Vaccination in the Punjab 1897-1904 - 1897-1904
Year: 1897
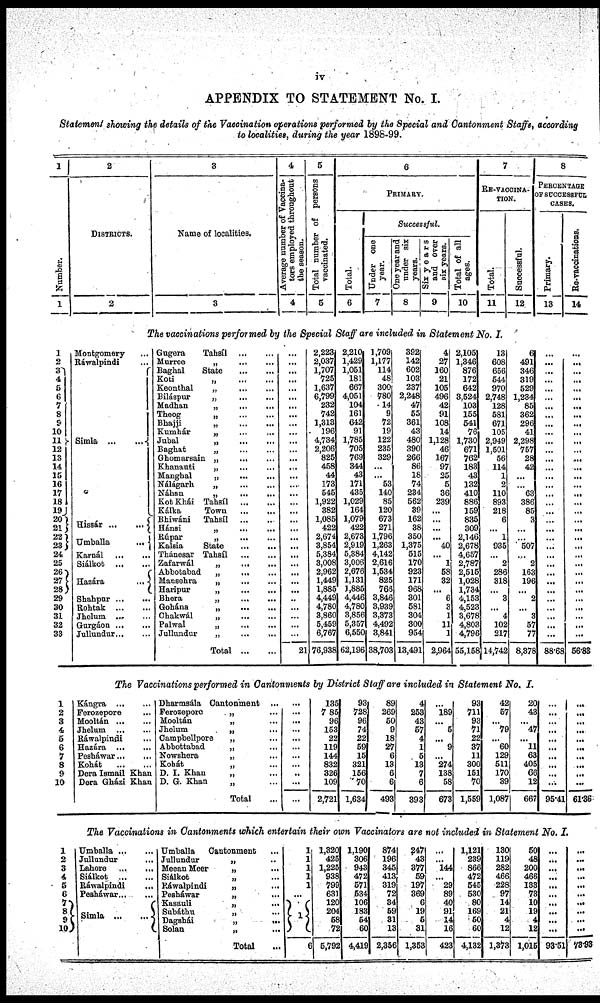
iv
APPENDIX TO STATEMENT No. I.
Statement showing the details of the Vaccination operations performed by the Special and Cantonment Staffs, according
to localities, during the year 1898-99.
1
Number.
1
2
DISTRICTS.
2
3
Name of localities,
3
4
Average number or vaccina-
tors employed throughout
the season.
4
5
Total number of persons
vaccinated.
5
6
PRIMARY.
Total.
6
Successful.
Under one
year.
7
One year and
under six
years.
8
Six years
and over
six years.
9
Total of all
ages.
10
7
RE-VACCINA-
TION.
Total.
11
Successful.
12
8
PERCENTAGE
OF SUCCESSFUL
CASES.
Primary.
13
Re-vaccinations.
14
The vaccinations performed by the Special Staff are included in Statement No. I.
1
2
3
4
5
6
7
8
9
10
11
12
13
14
15
16
17
18
19
20
21
22
23
24
25
26
27
28
29
30
31
32
33
Montgomery ...
Ráwalpindi ...
Simla
...
...
Hissár
...
...
Umballa
...
Karnál
...
...
Siálkot
...
...
Hazára
...
Shahpur ... ...
Rohtak
...
...
Jhelum ... ...
Gurgáon ... ...
Jullundur ... ...
Gugera
Tahsíl
...
...
Murree
„ ... ...
Baghal
State
...
...
Koti
„
...
...
Keonthal
„
...
...
Biláspur
„
...
...
Madhan
„ ... ...
Theog
„
...
...
Bhajji
„
...
...
Kumhár
„
...
...
Jubal
„
...
...
Baghat
„ ... ...
Ghomarsain „
...
...
Khanauti
„ ... ...
Manghal
„
...
...
Nálágarh.
„
...
...
Náhan
„
...
...
Kot Khái Tahsíl
...
...
Kálka
Town
...
...
Bhiwáni
Tahsíl
...
...
Hánsi
„ ... ...
Rúpar
„ ... ...
Kalsia
State
...
...
Thánesar Tahsíl
...
...
Zafarwál
„
...
...
Abbotabad
„
...
...
Mansehra
„
...
...
Haripur
„
...
...
Bhera
„
...
...
Gohána
„
...
...
Chakwál
„
...
...
Palwal
„ ... ...
Jullundur
„
...
...
Total
...
...
...
...
...
...
...
...
...
...
...
...
...
...
...
...
...
...
...
...
...
...
...
...
...
...
...
...
...
...
..
...
...
...
...
21
2,223
2,037
1,707
725
1,637
6,799
232
742
1,313
196
4,734
2,206
825
458
44
173
545
1,922
382
1,085
422
2,674
3,854
5,384
3,008
2,962
1,449
1,885
4,449
4,780
3,860
5,459
6,767
76,938
2,210,
1,429
1,051
181
667
4,051
104
161
642
91
1,785
705
769
344
43
171
435
1,029
164
1,079
422
2,673
2,919
5,384
3,006
2,676
1,131
1,885
4,446
4,780
3,856
5,357
6,550
62,196
1,709
1,177
114
48
300
780
14
9
72
19
122
235
329
...
...
53
140
85
120
673
271
1,796
1,263
4,142
2,616
1,534
825
766
3,846
3,939
3,373
4,492
3,841
38,703
392
142
602
103
237
2,248
47
55
361
43
480
390
266
86
18
74
234
562
39
162
38
350
1,375
515
170
923
171
968
301
581
304
300
954
13,491
4
27
160
21
105
496
42
91
108
14
1,128
46
167
97
25
5
36
239
...
...
...
...
40
...
1
58
32
...
6
3
1
11
1
2,964
2,105
1,346
876
172
642
3,524
103
155
541
76
1,730
671
762
183
43
132
410
886
159
835
309
2,146
2,678
4,657
2,787
2,515
1,028
1,734
4,153
4,523
3,678
4,803
4,796
55,158
13
608
656
544
970
2,748
128
581
671
105
2,949
1,501
56
114
1
2
110
893
218
6
...
1
935
...
2
286
318
...
3
...
4
102
217
14,742
6
491
346
319
529
1,234
85
362
296
41
2,298
757
28
42
...
...
63
386
85
3
...
...
507
...
2
163
196
...
2
...
3
57
77
8,378
...
...
...
...
...
...
...
...
...
...
...
...
...
...
...
...
...
...
...
...
...
...
...
...
...
...
...
...
...
...
...
...
...
88.68
...
...
...
...
...
...
...
...
...
...
...
...
...
...
...
...
...
...
...
...
...
...
...
...
...
...
...
...
...
...
...
...
...
56.88
The Vaccinations performed in Cantonments by District Staff are included in Statement No, I.
1
2
3
4
5
6
7
8
9
10
Kángra
...
...
Ferozepore ...
Mooltán
...
...
Jhelum ... ...
Ráwalpindi ...
Hazára
...
...
Pesháwar ... ...
Kohát
...
...
Dera Ismail Khan
Dera Gházi Khan
Dharmsála Cantonment ...
Ferozepore
„ ...
Mooltán
„ ...
Jhelum
„ ...
Campbellpore
„ ...
Abbottabad
„ ...
Nowshera
„ ...
Kohát
„ ...
D. I. Khan
„ ...
D. G. Khan
„ ...
Total ...
...
...
...
...
...
...
...
...
...
...
...
135
785
96
153
22
119
144
832
326
109
2,721
93
728
96
74
22
59
15
321
156
70
1,634
89
269
50
9
18
27
6
13
6
6
493
4
253
43
57
4
1
5
13
7
6
393
...
189
...
5
...
9
...
274
138
58
673
93
711
93
71
22
37
11
300
151
70
1,559
42
57
...
79
...
60
129
511
170
39
1,087
20
43
...
47
...
11
63
405
66
12
667
...
...
...
...
...
...
...
...
...
...
95.41
...
...
...
...
...
...
...
...
...
...
61.36
The Vaccinations in Cantonments which entertain their own Vaccinators are not included in Statement No. I.
1
2
3
4
5
6
7
8
9
10
Umballa ... ...
Jullundur ...
Lahore
...
...
Siálkot
...
...
Ráwalpindi ...
Pesháwar ... ...
Simla
...
...
Umballa
Cantonment ...
Jullundur
„ ...
Meean Meer
„
...
Siálkot
„
...
Ráwalpindi
„
...
Pesháwar
„
...
Kasauli
„ ...
Subáthu
„ ...
Dagshái
„
...
Solan
„
...
Total ...
1
1
1
1
1
...
1
6
1,320
425
1,225
938
799
631
120
204
58
72
5,792
1,190
306
943
472
571
534
106
183
54
60
4,419
874
196
345
413
319
75
34
59
31
13
2,356
247
43
377
59
195
369
6
19
5
31
1,353
...
...
144
...
29
89
40
91
14
16
423
1,121
239
866
472
545
530
80
169
50
60
4,132
130
119
282
466
228
97
14
21
4
12
1,373
50
48
200
466
133
73
10
19
4
12
1,015
...
...
...
...
...
...
...
...
...
...
93.51
...
...
...
...
...
...
...
...
...
...
78.93